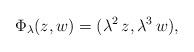
LaTeX: \begin{align*}\Phi_\lambda( z,w) = (\lambda^2\,z, \lambda^3\,w),\end{align*}